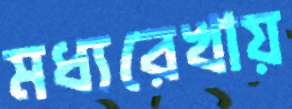
মধ্যরেখায়